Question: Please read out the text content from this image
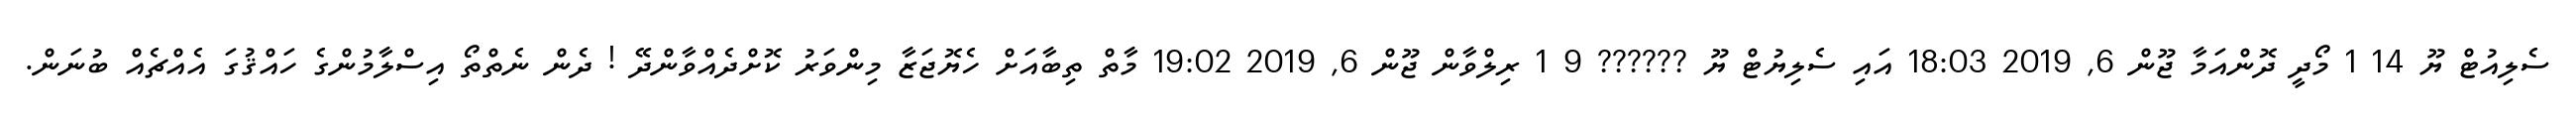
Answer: ސެލިއުޓް ޔޫ 14 1 މޯދީ ދޮންއަމާ ޖޫން 6, 2019 18:03 އައި ސެލިޔުޓް ޔޫ ?????? 9 1 ރިލްވާން ޖޫން 6, 2019 19:02 މާތް ތިބާއަށް ހެޔޮޖަޒާ މިންވަރު ކޮށްދެއްވާންދޭ ! ދެން ނެތްތޯ އިސްލާމުންގެ ހައްޤުގަ އެއްޗެއް ބުނަން.